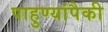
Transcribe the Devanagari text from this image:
पाहुण्यांपैकी